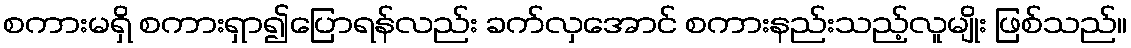
စကားမရှိ စကားရှာ၍ပြောရန်လည်း ခက်လှအောင် စကားနည်းသည့်လူမျိုး ဖြစ်သည်။